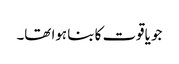
جو یاقوت کا بنا ہوا تھا۔